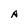
Character: A